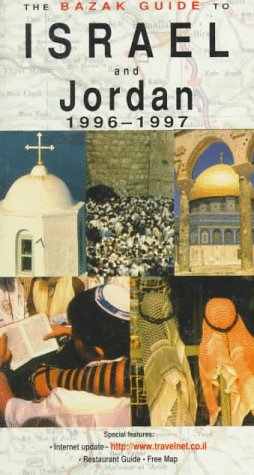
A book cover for Bazak Gde to Israel/Jordan 1996-1997; Travel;